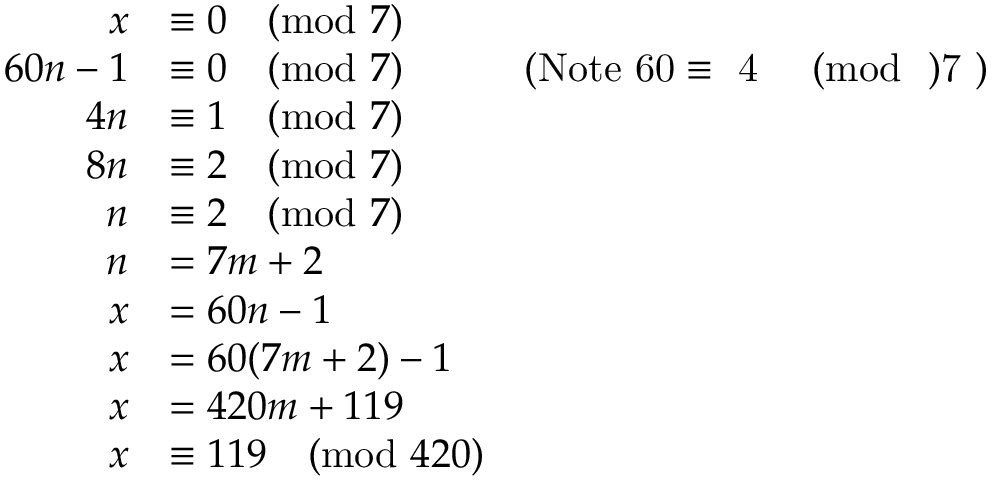
\begin{array} { r l r } { x } & { \equiv 0 \pmod { 7 } } \\ { 6 0 n - 1 } & { \equiv 0 \pmod { 7 } } & { \mathrm { ( N o t e ~ 6 0 \equiv ~ 4 ~ \pmod ~ 7 ~ ) } } \\ { 4 n } & { \equiv 1 \pmod 7 } \\ { 8 n } & { \equiv 2 \pmod 7 } \\ { n } & { \equiv 2 \pmod 7 } \\ { n } & { = 7 m + 2 } \\ { x } & { = 6 0 n - 1 } \\ { x } & { = 6 0 ( 7 m + 2 ) - 1 } \\ { x } & { = 4 2 0 m + 1 1 9 } \\ { x } & { \equiv 1 1 9 \pmod { 4 2 0 } } \end{array}